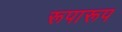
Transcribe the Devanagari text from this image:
रूपारूप